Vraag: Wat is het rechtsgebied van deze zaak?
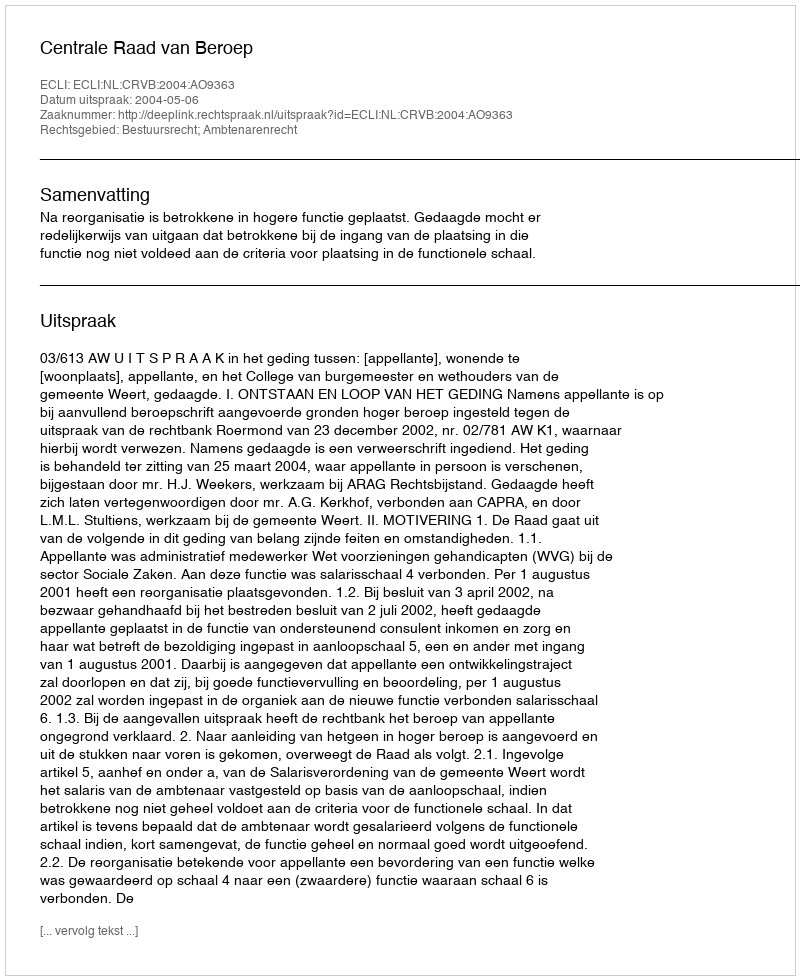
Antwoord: Bestuursrecht; Ambtenarenrecht